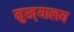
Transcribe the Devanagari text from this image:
मुख्‌यालय